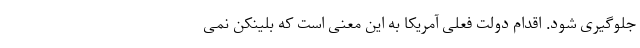
جلوگیری شود. اقدام دولت فعلی آمریکا به این معنی است که بلینکن نمی